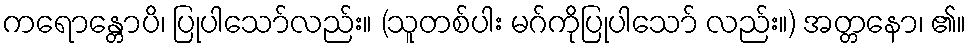
ကရောန္တောပိ၊ ပြုပါသော်လည်း။ (သူတစ်ပါး မဂ်ကိုပြုပါသော် လည်း။) အတ္တနော၊ ၏။